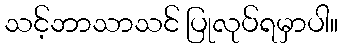
သင့်ဘာသာသင် ပြုလုပ်ရမှာပါ။